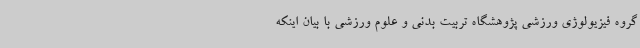
گروه فیزیولوژی ورزشی پژوهشگاه تربیت بدنی و علوم ورزشی با بیان اینکه